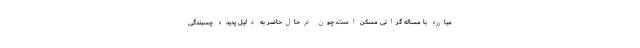
مبارزه با مساله گرانی مسکن است، چون در‌حال‌حاضر به دلیل پدیده چسبندگی